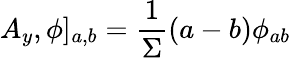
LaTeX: A_{y},\phi]_{a,b}=\frac{1}{\Sigma}(a-b)\phi_{ab}